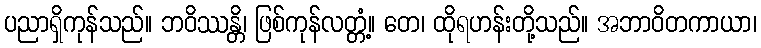
ပညာရှိကုန်သည်။ ဘဝိဿန္တိ၊ ဖြစ်ကုန်လတ္တံ့။ တေ၊ ထိုရဟန်းတို့သည်။ အဘာဝိတကာယာ၊